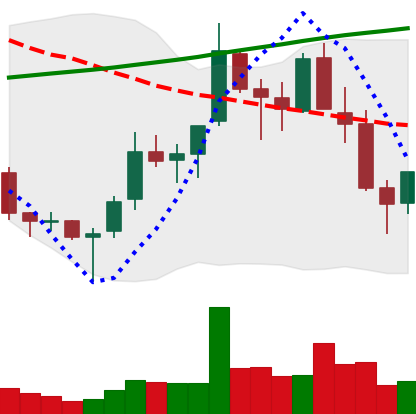
Ticker: TRX-USD
Chart end date: 2018-04-02
Forward return: 3.661%
Label: up_3_5